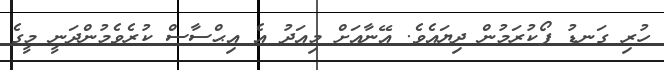
ހުރި ގަނޑު ފޯކުރަމުން ދިޔައެވެ. އޭނާއަށް މިއަދު އެ އިޙްސާސް ކުރެވެމުންދަނީ މީގެ